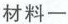
针对材料二提问：